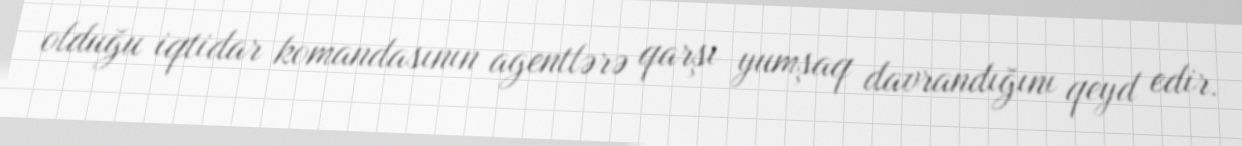
olduğu iqtidar komandasının agentlərə qarşı yumşaq davrandığını qeyd edir.